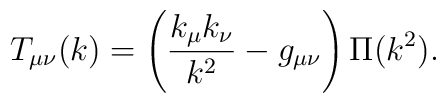
T_{\mu\nu}(k) = \left( \frac{k_{\mu}k_{\nu}}{k^2} - g_{\mu\nu}\right) \Pi (k^2)  .